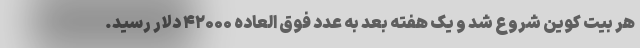
هر بیت کوین شروع شد و یک هفته بعد به عدد فوق العاده ۴۲۰۰۰ دلار رسید.